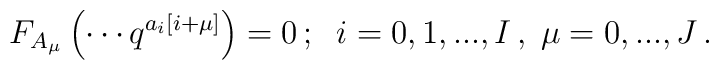
F_{A_{\mu }}\left( \cdots q^{a_{i}\left[ i+\mu \right] }\right)=0\,;\;\;i=0,1,...,I\,,\;\mu =0,...,J\,.